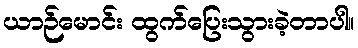
ယာဉ်မောင်း ထွက်ပြေးသွားခဲ့တာပါ။